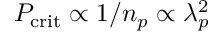
P _ { \mathrm { c r i t } } \propto 1 / n _ { p } \propto \lambda _ { p } ^ { 2 }